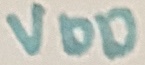
Text: VDD